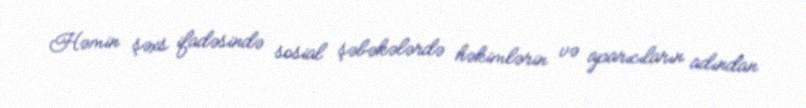
Həmin şəxs ifadəsində sosial şəbəkələrdə həkimlərin və aparıcıların adından